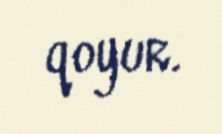
qoyur.